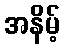
အနိမ့်